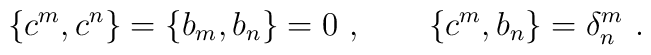
\{c^{m} , c^{n}\} = \{ b_{m} , b_{n}\} = 0~,~~~~~~ \{c^{m} , b_{n}\} = \delta_{n}^{m}~.